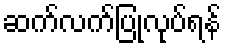
ဆက်လက်ပြုလုပ်ရန်